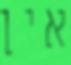
אין